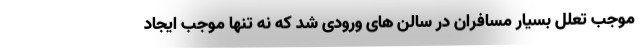
موجب تعلل بسیار مسافران در سالن های ورودی شد که نه تنها موجب ایجاد